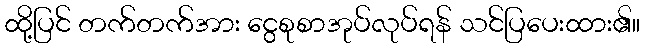
ထို့ပြင် တက်တက်အား ငွေစုစာအုပ်လုပ်ရန် သင်ပြပေးထား၏။